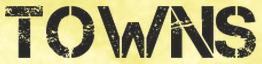
TOWNS